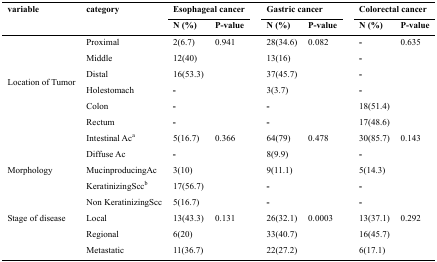
<table><thead><tr><td rowspan="3"><b>variable</b></td><td rowspan="3"><b>category</b></td><td colspan="2"><b>Esophageal cancer</b></td><td colspan="2"><b>Gastric cancer</b></td><td colspan="2"><b>Colorectal cancer</b></td></tr><tr><td><b>N (%)</b></td><td><b>P-value</b></td><td><b>N (%)</b></td><td><b>P-value</b></td><td><b>N (%)</b></td><td><b>P-value</b></td></tr></thead><tbody><tr><td rowspan="6">Location of Tumor</td><td>Proximal</td><td>2(6.7)</td><td>0.941</td><td>28(34.6)</td><td>0.082</td><td>-</td><td>0.635</td></tr><tr><td>Middle</td><td>12(40)</td><td></td><td>13(16)</td><td></td><td>-</td><td></td></tr><tr><td>Distal</td><td>16(53.3)</td><td></td><td>37(45.7)</td><td></td><td>-</td><td></td></tr><tr><td>Holestomach</td><td>-</td><td></td><td>3(3.7)</td><td></td><td>-</td><td></td></tr><tr><td>Colon</td><td>-</td><td></td><td>-</td><td></td><td>18(51.4)</td><td></td></tr><tr><td>Rectum</td><td>-</td><td></td><td>-</td><td></td><td>17(48.6)</td><td></td></tr><tr><td rowspan="5">Morphology</td><td>Intestinal Ac<sup>a</sup></td><td>5(16.7)</td><td>0.366</td><td>64(79)</td><td>0.478</td><td>30(85.7)</td><td>0.143</td></tr><tr><td>Diffuse Ac</td><td>-</td><td></td><td>8(9.9)</td><td></td><td>-</td><td></td></tr><tr><td>Mucinproducing Ac</td><td>3(10)</td><td></td><td>9(11.1)</td><td></td><td>5(14.3)</td><td></td></tr><tr><td>KeratinizingScc<sup>b</sup></td><td>17(56.7)</td><td></td><td>-</td><td></td><td>-</td><td></td></tr><tr><td>Non KeratinizingScc</td><td>5(16.7)</td><td></td><td>-</td><td></td><td>-</td><td></td></tr><tr><td rowspan="3">Stage of disease</td><td>Local</td><td>13(43.3)</td><td>0.131</td><td>26(32.1)</td><td>0.0003</td><td>13(37.1)</td><td>0.292</td></tr><tr><td>Regional</td><td>6(20)</td><td></td><td>33(40.7)</td><td></td><td>16(45.7)</td><td></td></tr><tr><td>Metastatic</td><td>11(36.7)</td><td></td><td>22(27.2)</td><td></td><td>6(17.1)</td><td></td></tr></tbody></table>